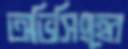
অভিসিংহের